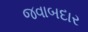
જવાબદાર